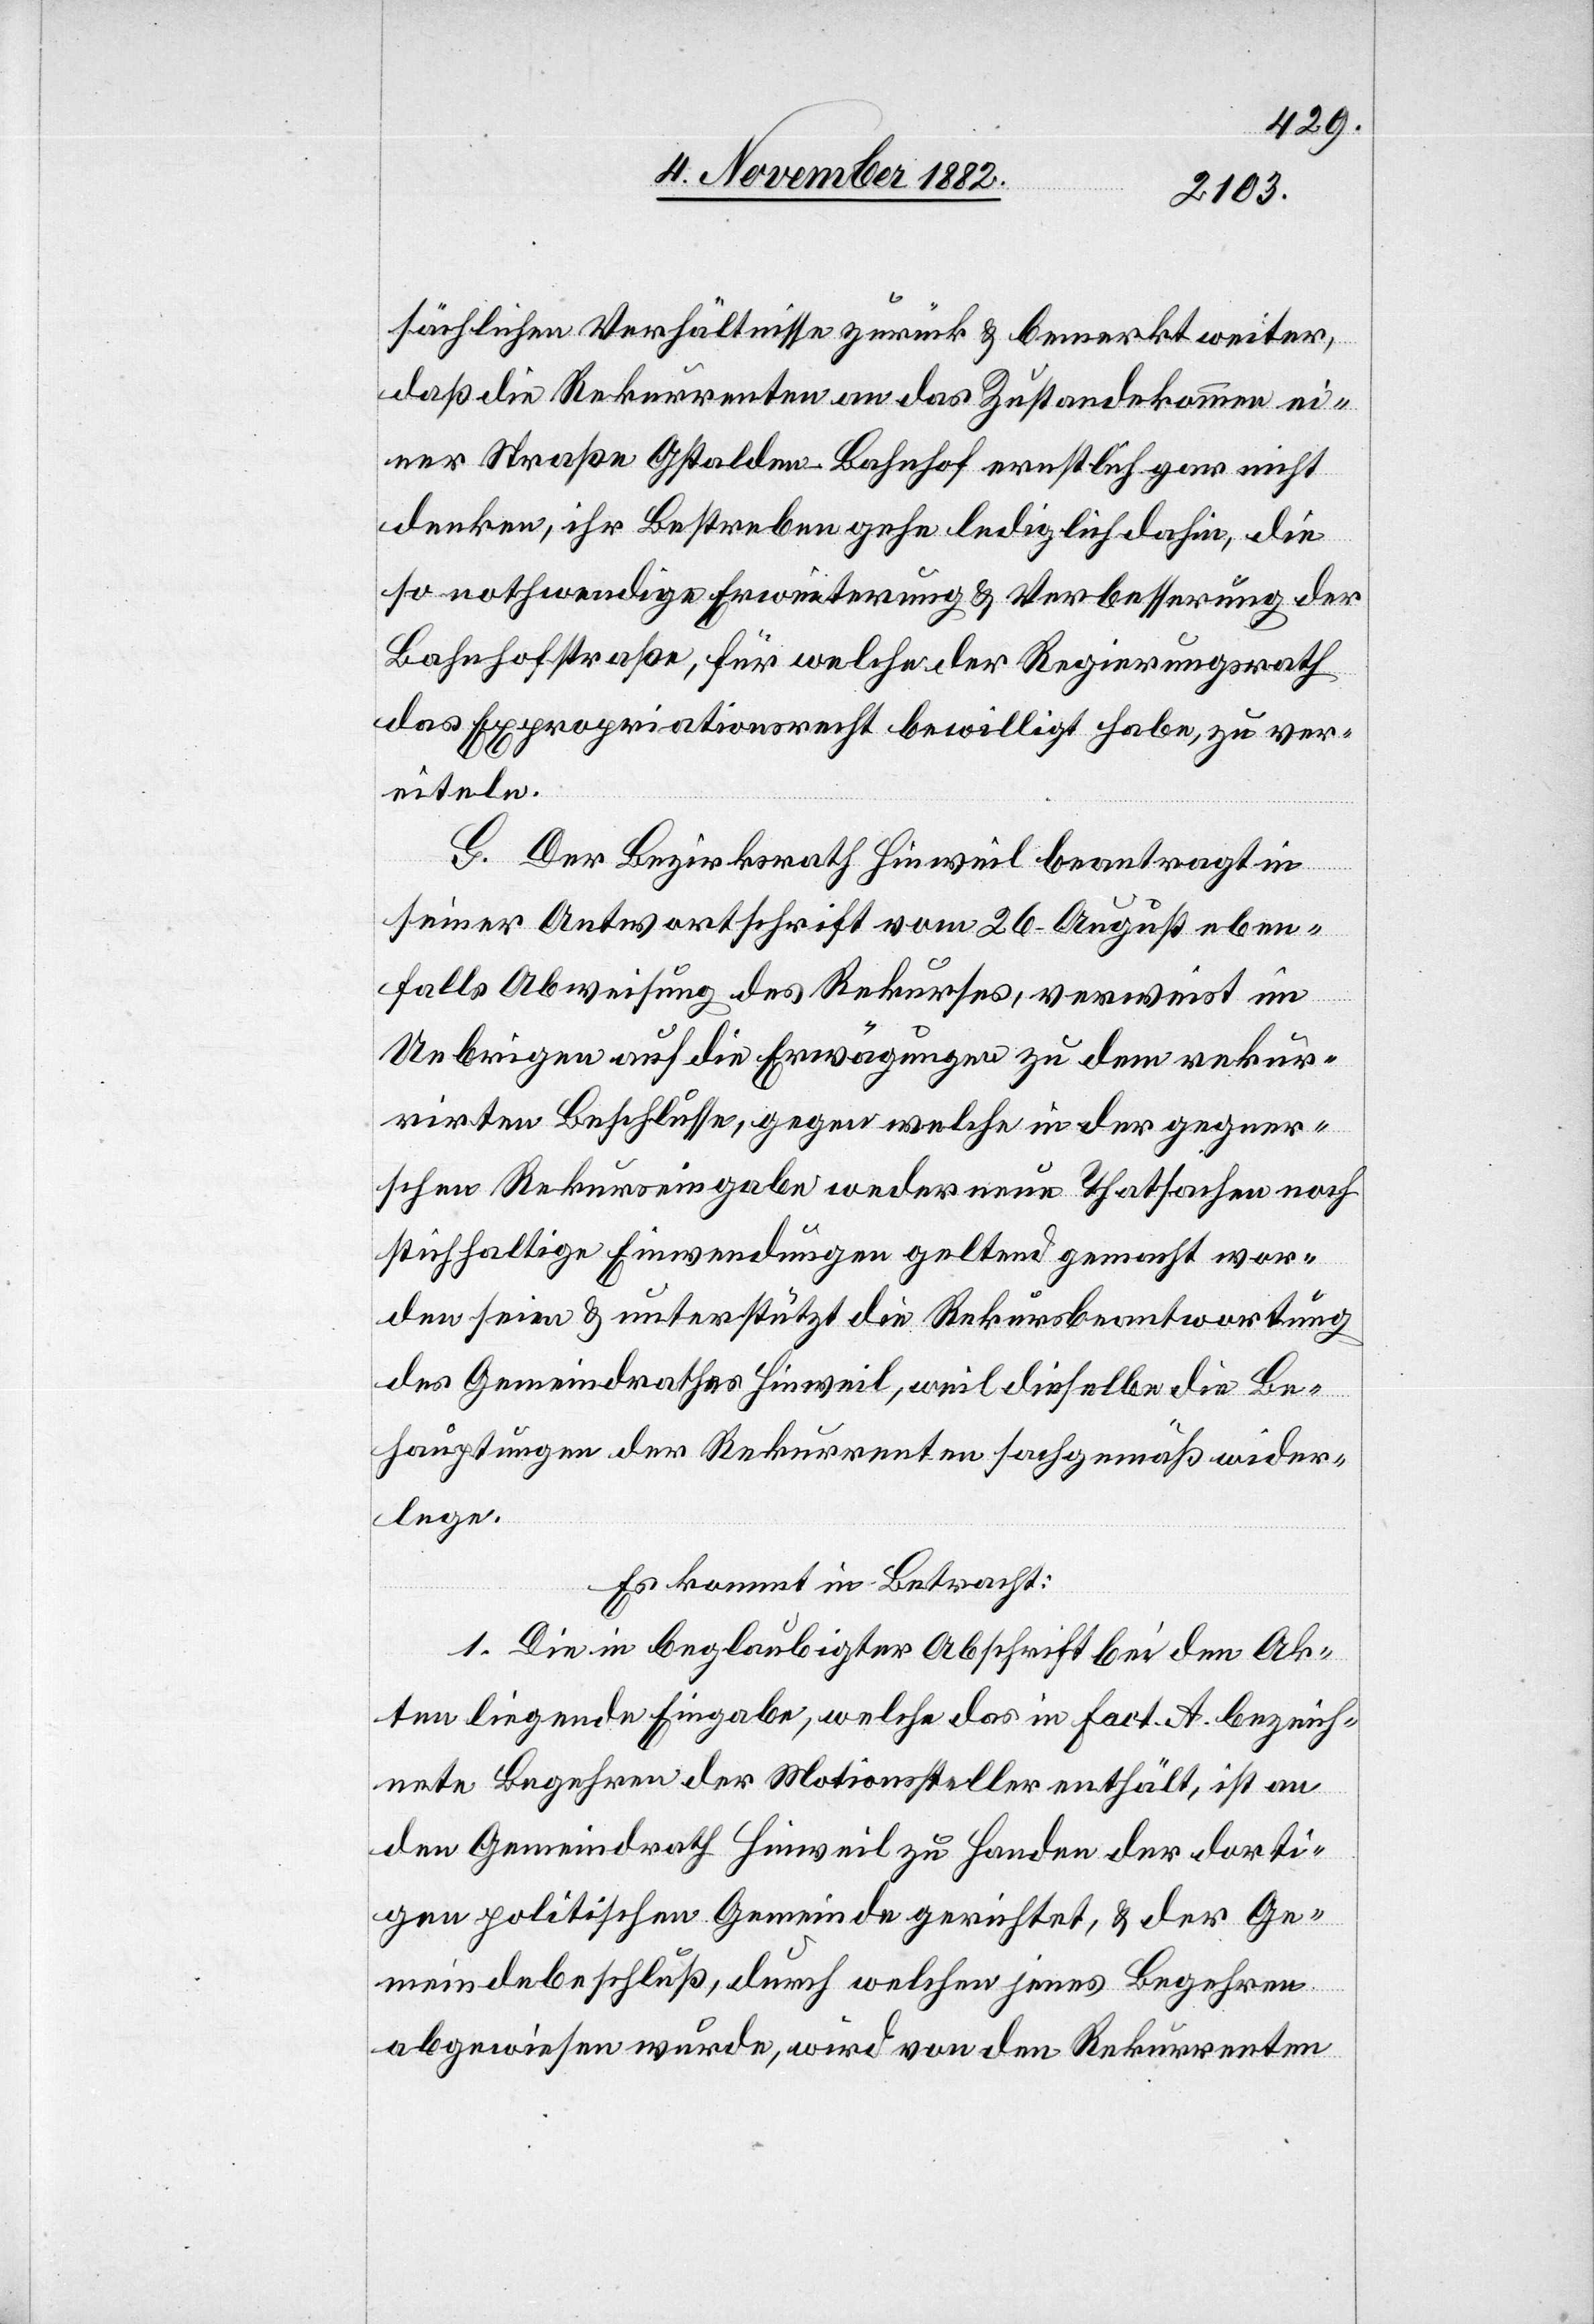
sächlichen Verhältnisse zurück & bemerkt weiter,
daß die Rekurrenten an das Zustandekommen ei¬
ner Straße Gstalden–Bahnhof ernstlich gar nicht
denken, ihr Bestreben gehe lediglich dahin, die
so nothwendige Erweiterung & Verbesserung der
Bahnhofstraße, für welche der Regierungsrath
das Expropriationsrecht bewilligt habe, zu ver¬
eiteln.
G. Der Bezirksrath Hinweil beantragt in
seiner Antwortschrift vom 26. August eben¬
falls Abweisung des Rekurses, verweist im
Uebrigen auf die Erwägungen zu dem rekur¬
rirten Beschlusse, gegen welche in der gegner[i]s¬
chen Rekurseingabe weder neue Thatsachen noch
stichhaltige Einwendungen geltend gemacht wor¬
den seien & unterstützt die Rekursbeantwortung
des Gemeindrathes Hinweil, weil dieselbe die Be¬
hauptungen der Rekurrenten sachgemäß wider¬
lege.
Es kommt in Betracht:
1. Die in beglaubigter Abschrift bei den Ak¬
ten liegende Eingabe, welche das in Fact. A bezeich¬
nete Begehren der Motionssteller enthält, ist an
den Gemeindrath Hinweil zu Handen der dorti¬
gen politischen Gemeinde gerichtet, & der Ge¬
meindebeschluß, durch welchen jenes Begehren
abgewiesen wurde, wird von den Rekurrenten